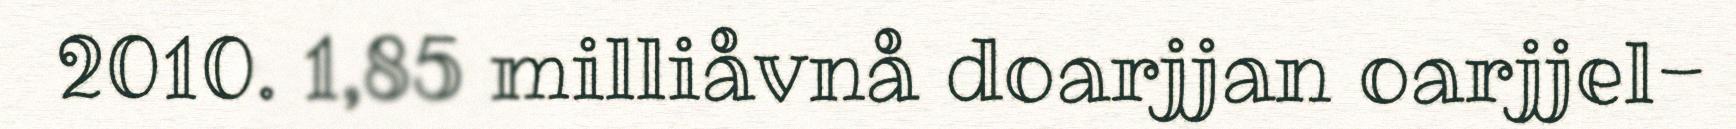
2010. 1,85 milliåvnå doarjjan oarjjel-